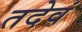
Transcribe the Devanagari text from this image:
तदेवं